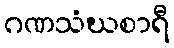
ဂဏသံဃစာရီ